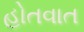
હોતવાત